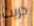
جريت